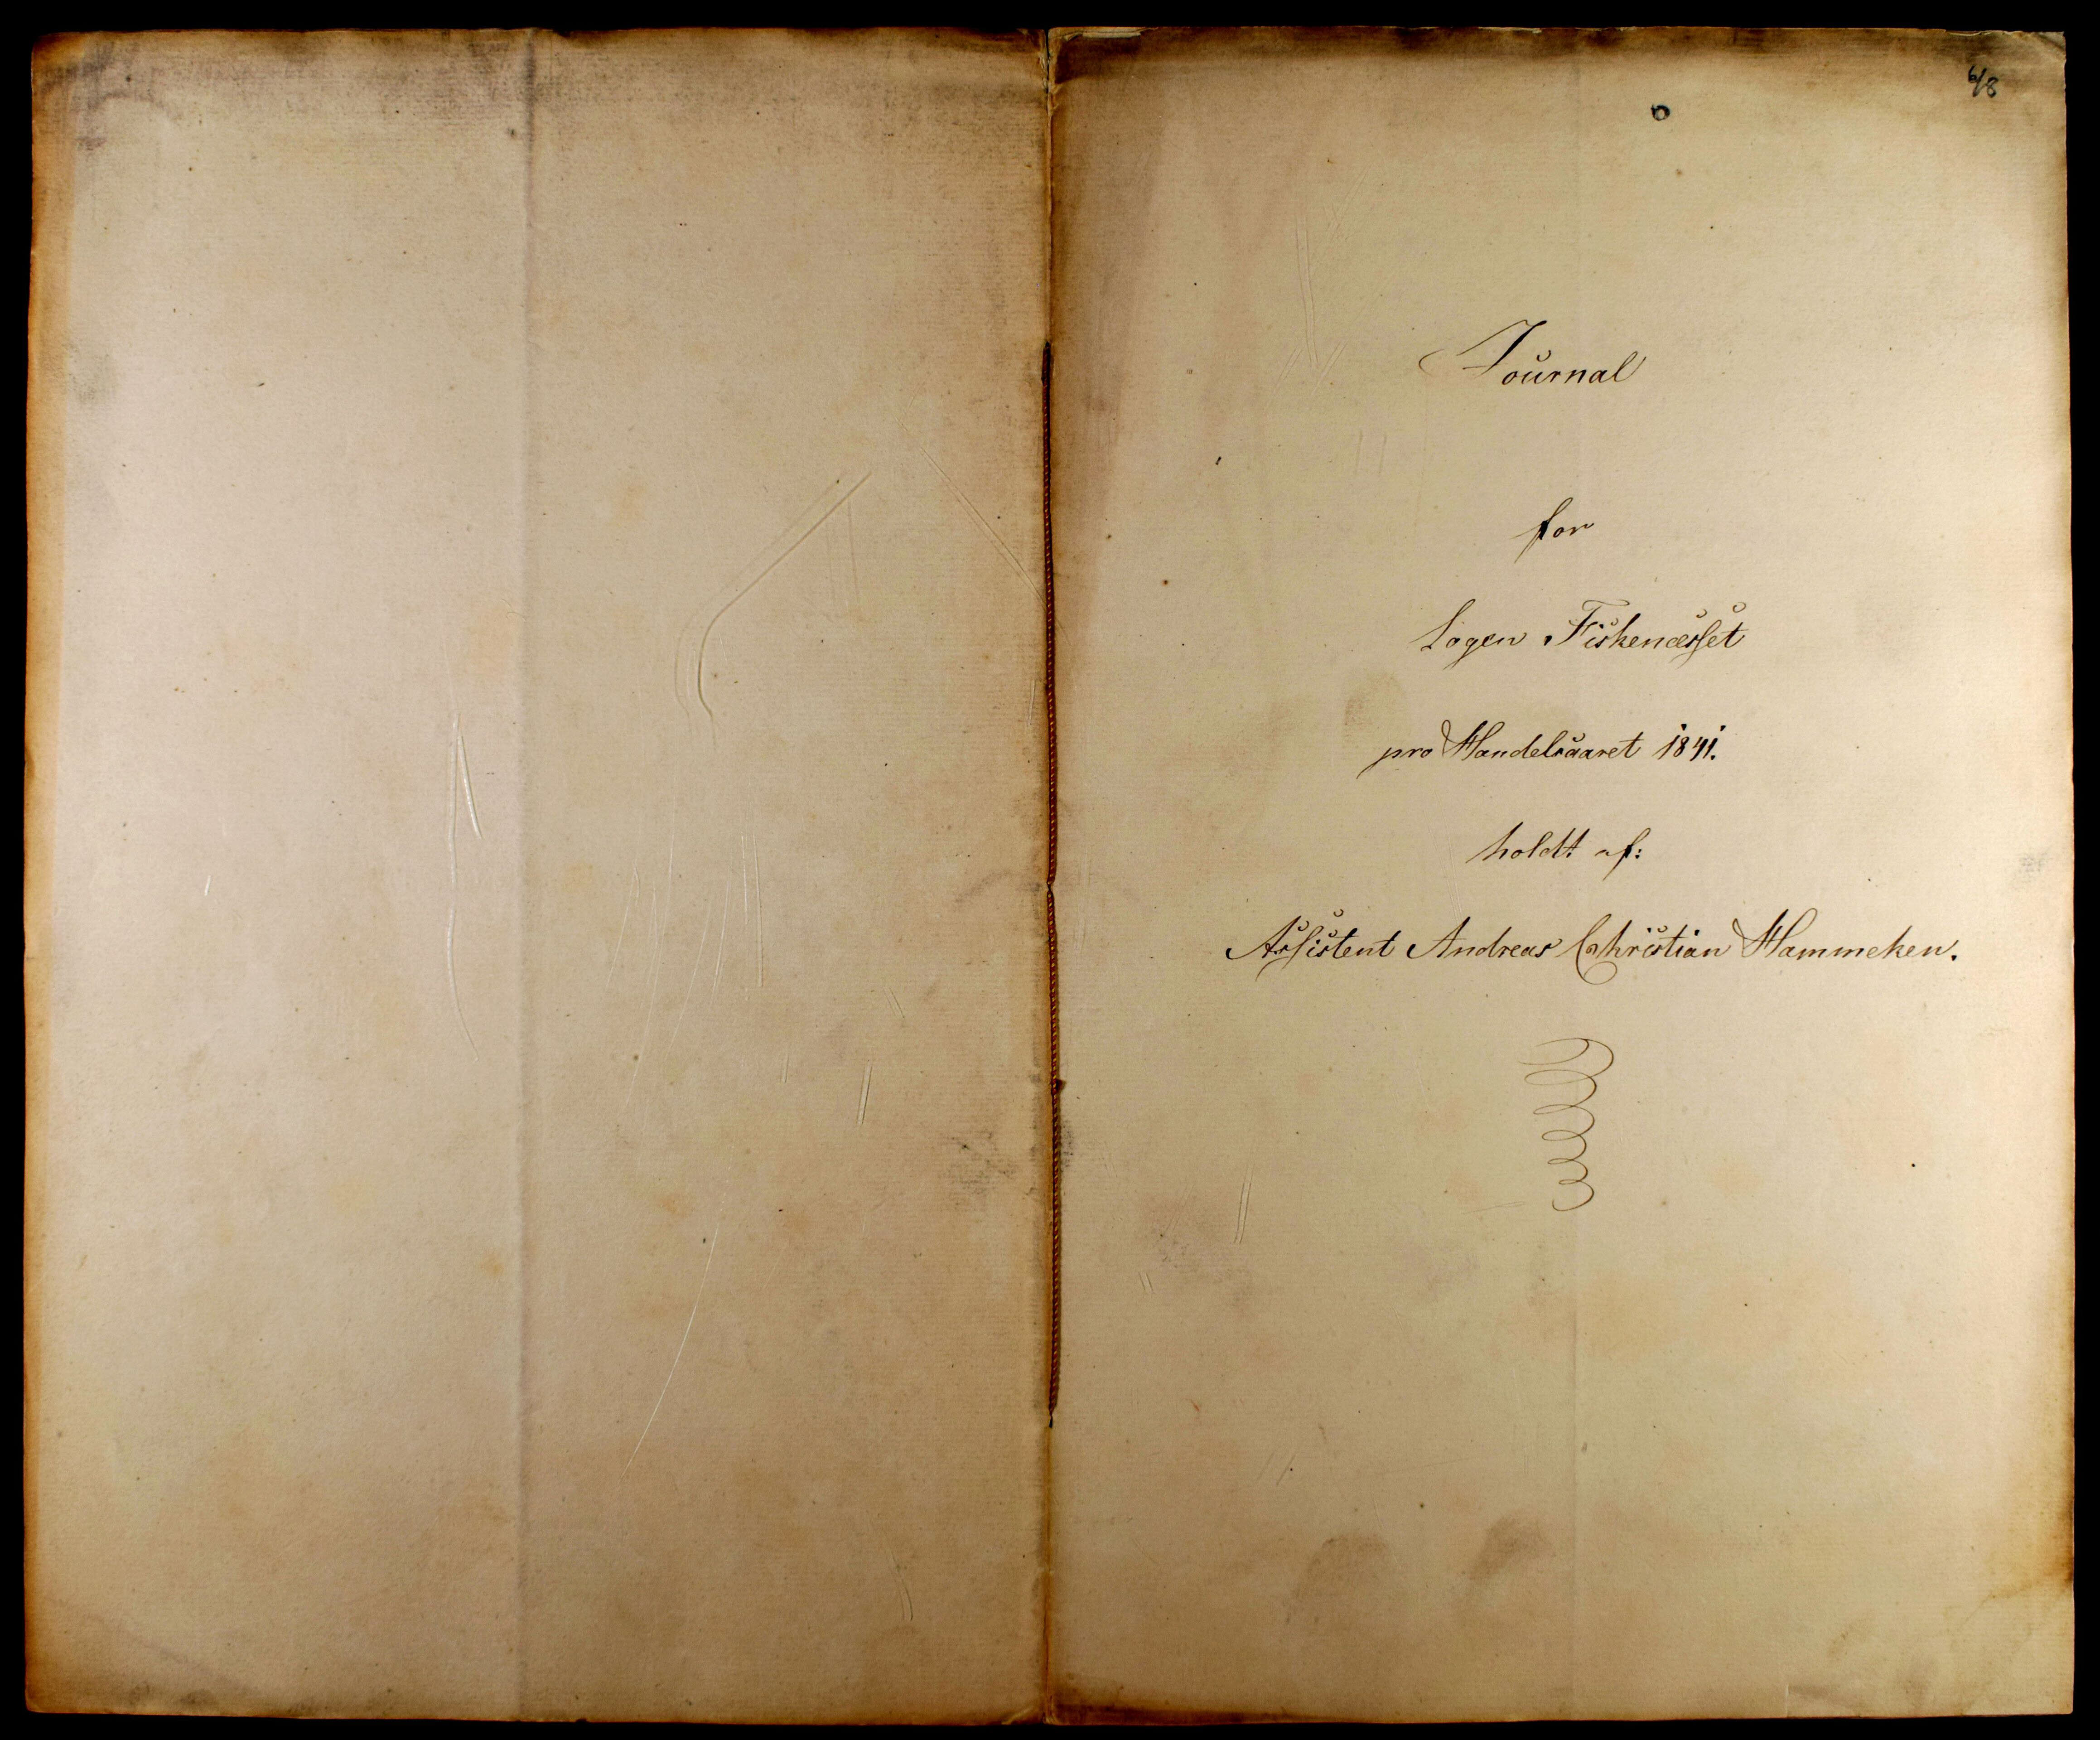
Transkription:
Journal
for
Logen. Fiskenæsset
pro Handelsaaret 1841.
holdt af:
Assistent Andreas Christian Hammeken

48